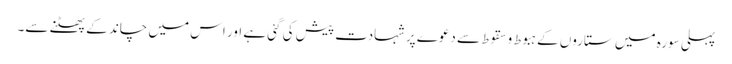
پہلی سورہ میں ستاروں کے ہبوط و سقوط سے دعوے پر شہادت پیش کی گئی ہے اور اس میں چاند کے پھٹنے سے۔